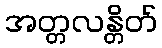
အတ္တလန္တိတ်